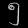
Digit: ၅